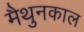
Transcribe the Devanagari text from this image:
मैथुनकाल